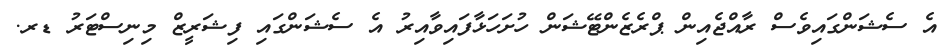
އެ ސެޝަންގައިވެސް ރާއްޖެއިން ޕްރެޒެންޓޭޝަން ހުށަހަޅާފައިވާއިރު އެ ސެޝަންގައި ފިޝަރީޒް މިނިސްޓަރު ޑރ.